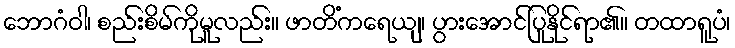
ဘောဂံဝါ၊ စည်းစိမ်ကိုမူလည်း။ ဖာတိံကရေယျ၊ ပွားအောင်ပြုနိုင်ရာ၏။ တထာရူပံ၊